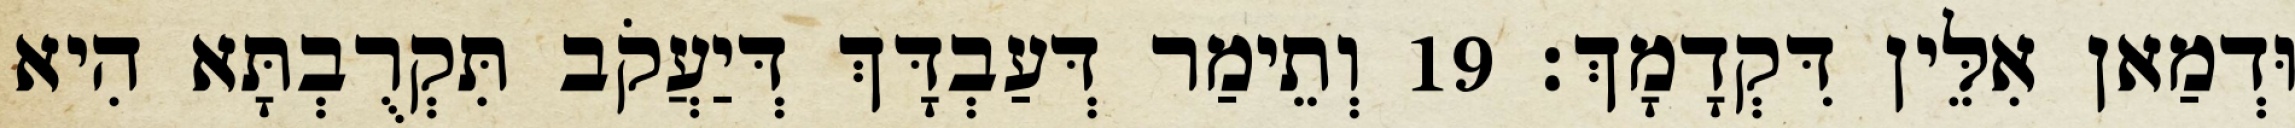
וּדְמַאן אִלֵּין דִּקְדָמָךְ׃ 19 וְתֵימַר דְּעַבְדָּךְ דְּיַעֲקֹב תִּקְרֻבְתָּא הִיא